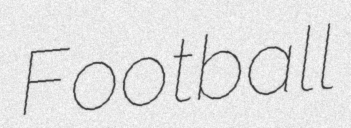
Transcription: Football